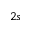
2 s